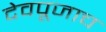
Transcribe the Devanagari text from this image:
देवपूजाच